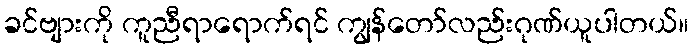
ခင်ဗျားကို ကူညီရာရောက်ရင် ကျွန်တော်လည်းဂုဏ်ယူပါတယ်။